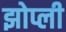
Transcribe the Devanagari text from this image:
झोप्ली